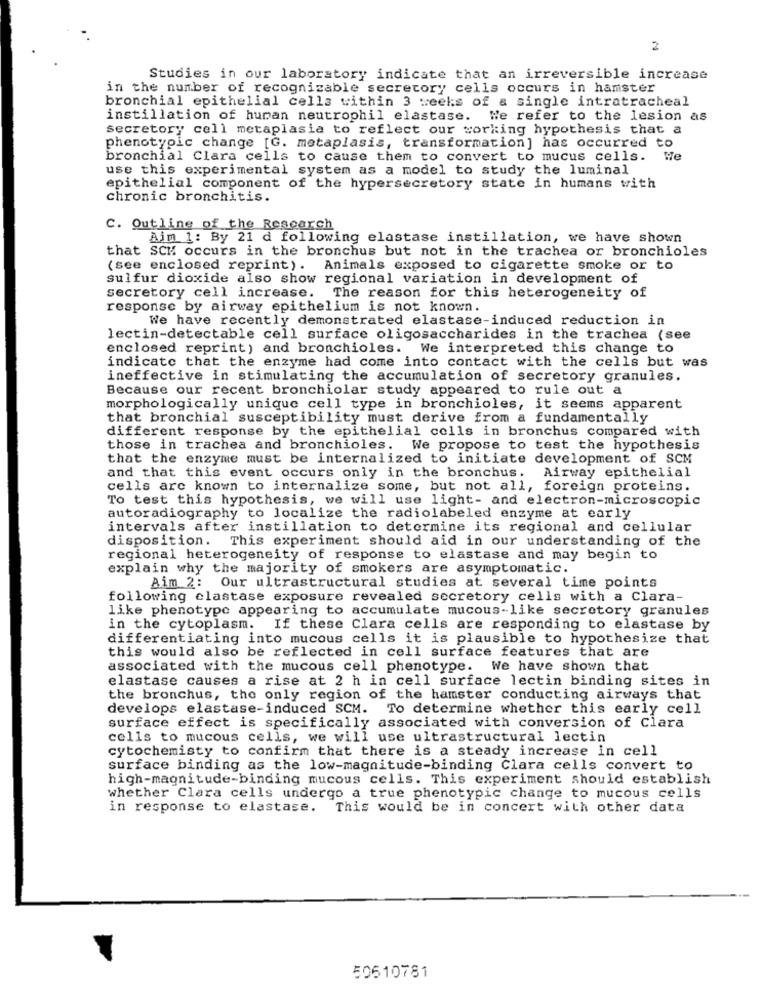
2
Studies in our laboratory indicate that an irreversible increase
in the number of recognizable secretory cells occurs in hamster
bronchial epithelial cells within 3 weeks of a single intratracheal
instillation of human neutrophil elastase. We refer to the lesion as
Secretory cell metaplasia to reflect our working hypothesis that a
phenotypic change [G. metaplasis, transformation] has occurred to
bronchial Clara cells to cause them to convert to mucus cells. We
use this experimental system as a model to study the luminal
epithelial component of the hypersecretory state in humans with
chronic bronchitis.
c. Outline of the Research
Aim 1: By 21 d following elastase instillation, we have shown
that SCH occurs in the bronchus but not in the trachea or bronchioles
(see enclosed reprint). Animals exposed to cigarette smoke or to
sulfur dioxide also show regional variation in development of
secretory cell increase. The reason for this heterogeneity of
response by airway epithelium is not known.
We have recently demonstrated elastase-induced reduction in
lectin-detectable cell surface oligosaccharides in the trachea (see
enclosed reprint) and bronchioles. We interpreted this change to
indicate that the enzyme had come into contact with the cells but was
ineffective in stimulating the accumulation of secretory granules.
Because our recent bronchiolar study appeared to rule out a
morphologically unique cell type in bronchioles, it seems apparent
that bronchial susceptibility must derive from a fundamentally
different response by the epithelial cells in bronchus compared with
those in trachea and bronchioles. We propose to test the hypothesis
that the enzyme must be internalized to initiate development of SCM
and that this event occurs only in the bronchus. Airway epithelial
cells are known to internalize some, but not all, foreign proteins.
To test this hypothesis, we will use light- and electron-microscopic
autoradiography to localize the radiolabeled enzyme at early
intervals after instillation to determine its regional and cellular
disposition. This experiment should aid in our understanding of the
regional heterogeneity of response to elastase and may begin to
explain why the majority of smokers are asymptomatic.
Aim 2: Our ultrastructural studies at several time points
following elastase exposure revealed secretory cells with a Clara-
like phenotype appearing to accumulate mucous-like secretory granules
in the cytoplasm. If these Clara cells are responding to elastase by
differentiating into mucous cells it is plausible to hypothesize that
this would also be reflected in cell surface features that are
associated with the mucous cell phenotype. We have shown that
elastase causes a rise at 2 h in cell surface lectin binding sites in
the bronchus, the only region of the hamster conducting airways that
develops elastase-induced SCM.
To determine whether this early cell
surface effect is specifically associated with conversion of Clara
cells to mucous cells, we will use ultrastructural lectin
cytochemisty to confirm that there is a steady increase in cell
surface binding as the low-magnitude-binding Clara cells convert to
high-magnitude-binding mucous cells. This experiment should establish
whether Clara cells undergo a true phenotypic change to mucous cells
in response to elastase. This would be in concert with other data
50610781